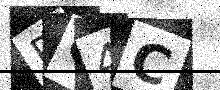
Text: DC4C